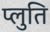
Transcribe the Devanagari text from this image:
प्लुति